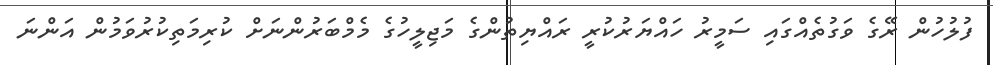
ފުލުހުން ރޭގެ ވަގުތެއްގައި ސަމީރު ހައްޔަރުކުރީ ރައްޔިތުންގެ މަޖިލީހުގެ މެމްބަރުންނަށް ކުރިމަތިކުރުވަމުން އަންނަ